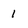
Character: 1